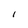
Character: 1